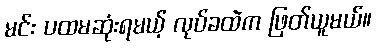
မင်း ပထမဆုံးရမယ့် လုပ်ခထဲက ဖြတ်ယူမယ်။